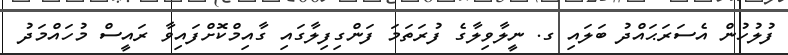
ފުލުހުން އެސަރަޙައްދު ބަލައި ގ. ނީލާވިލާގެ ފުރަތަމަ ފަންގިފިލާގައި ގާއިމްކޮށްފައިވާ ރައީސް މުހައްމަދު